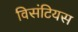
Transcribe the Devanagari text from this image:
विसंटियस